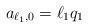
LaTeX: \begin{align*}a_{\ell_1,0} = \ell_1 q_1\end{align*}